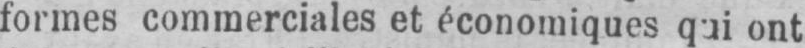
formes commerciales et économiques qui ont